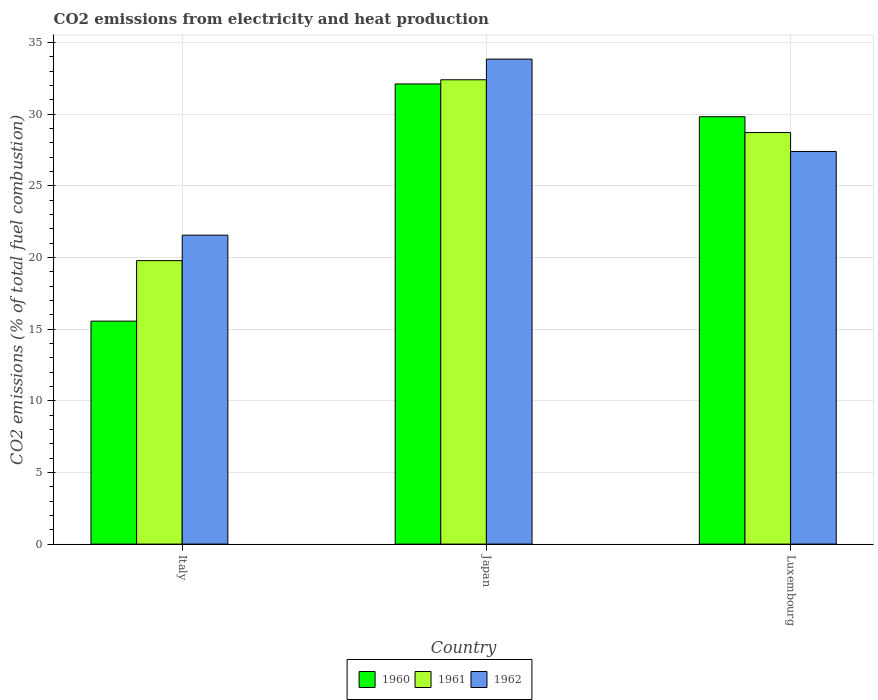
| Country | 1960 | 1961 | 1962 |
 | --- | --- | --- | --- |
 | Italy | 15.6 | 19.8 | 21.6 |
 | Japan | 32.1 | 32.4 | 33.8 |
 | Luxembourg | 29.8 | 28.7 | 27.4 |